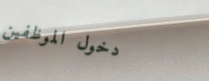
دخول الموظفين